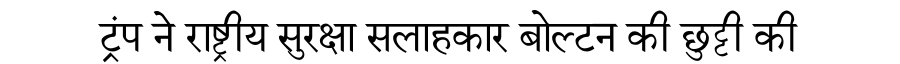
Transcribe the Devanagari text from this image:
ट्रंप ने राष्ट्रीय सुरक्षा सलाहकार बोल्टन की छुट्टी की